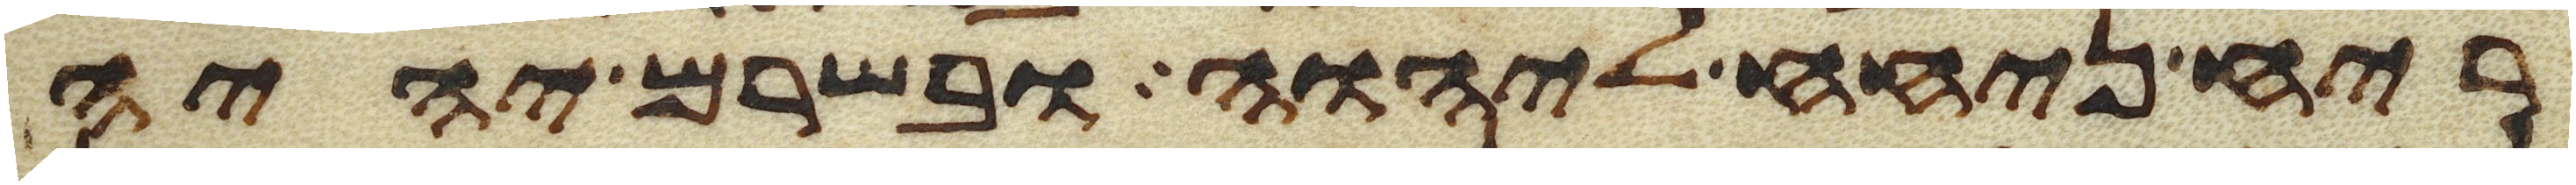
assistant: ריח ניחח ליהוה ובשרם יהיה